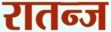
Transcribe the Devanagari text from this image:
रातन्ज